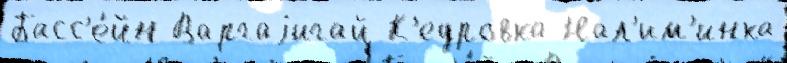
Басс'е́йн Варгаjигай К'едровка Нал'им'инка